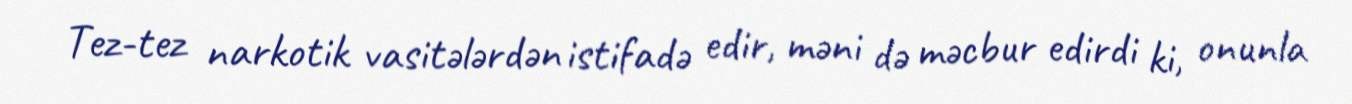
Tez-tez narkotik vasitələrdən istifadə edir, məni də məcbur edirdi ki, onunla